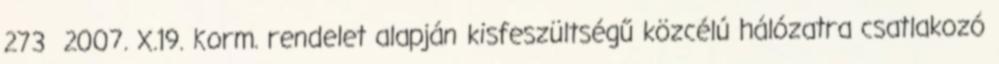
273 2007. X.19. Korm. rendelet alapján kisfeszültségű közcélú hálózatra csatlakozó